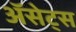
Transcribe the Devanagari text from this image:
ॲसेट्स